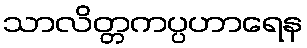
သာလိတ္တကပ္ပဟာရေန